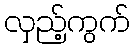
လှည့်ကွက်